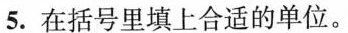
5. 在括号里填上合适的单位。